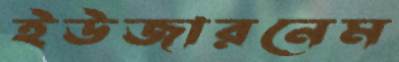
ইউজারনেম